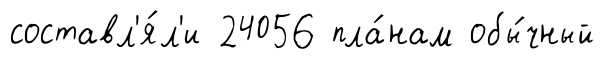
составл'я́л'и 24056 пла́нам обы́чный